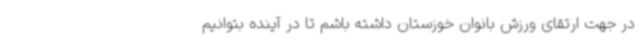
در جهت ارتقای ورزش بانوان خوزستان داشته باشم تا در آینده بتوانیم